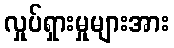
လှုပ်ရှားမှုများအား